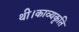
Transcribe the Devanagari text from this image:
थी।काव्यकृति